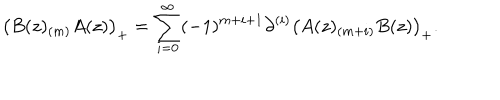
\bigl ( B ( z ) _ { ( m ) } A ( z ) \bigr ) _ { + } = \sum _ { i = 0 } ^ { \infty } ( - 1 ) ^ { m + i + 1 } \partial ^ { ( i ) } \bigl ( A ( z ) _ { ( m + i ) } B ( z ) \bigr ) _ { + } .